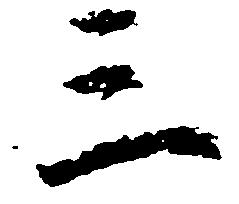
三